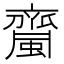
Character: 𧓉